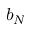
b _ { N }